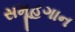
સમૂહગાન